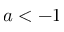
a < - 1